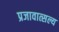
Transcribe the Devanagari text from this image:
प्रजावात्सल्य